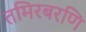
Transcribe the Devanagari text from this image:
तमिरबरणि